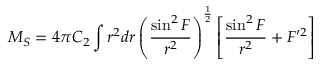
{ \cal M } _ { S } = 4 \pi C _ { 2 } \int r ^ { 2 } d r \left( \frac { \sin ^ { 2 } F } { r ^ { 2 } } \right) ^ { \frac 1 2 } \left[ \frac { \sin ^ { 2 } F } { r ^ { 2 } } + F ^ { \prime 2 } \right]